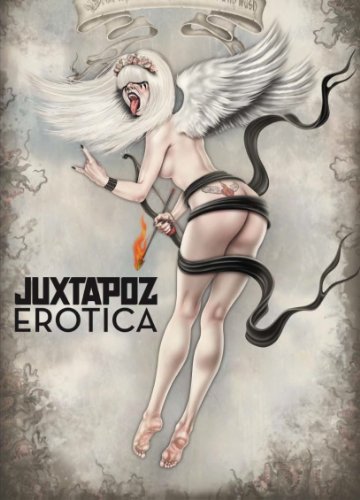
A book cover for Juxtapoz Erotica; Diana Weber; Arts & Photography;